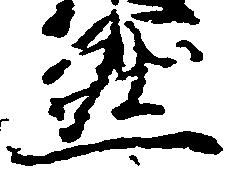
然